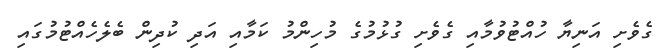
ގެވެށި އަނިޔާ ހުއްޓުވުމާއި ގެވެށި ގުޅުމުގެ މުހިންމު ކަމާއި އަދި ކުދިން ބެލެހެއްޓުމުގައި